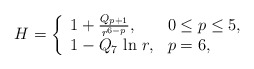
\begin{align*}H = \left\{\begin{array}{ll} 1 + \frac{Q_{p + 1}}{r^{6 - p}},& 0 \le p \le 5,\\ 1 - Q_7~ \mbox{ln}~r, & p = 6, \end{array} \right.\end{align*}